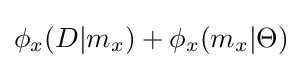
\phi _{x}(D|m_{x})+\phi _{x}(m_{x}|\Theta )